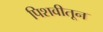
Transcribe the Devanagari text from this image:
पिशवीतून